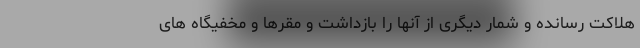
هلاکت رسانده و شمار دیگری از آنها را بازداشت و مقرها و مخفیگاه های